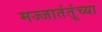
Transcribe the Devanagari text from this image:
मज्जातंतूंच्या